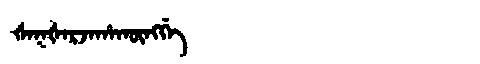
Manchu: ᡧᠠᡴᡧᠠᡵᠵᠠᡥᠠᡴᡡᠩᡤᡝ
Romanization: ŠAKŠARJAHAKŪNGGE